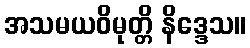
အသမယဝိမုတ္တိ နိဒ္ဒေသ။